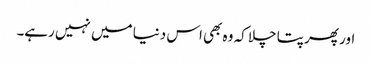
اور پھر پتا چلا کہ وہ بھی اس دنیا میں نہیں رہے۔